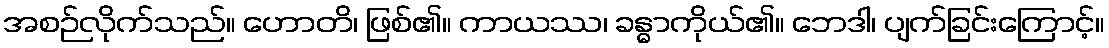
အစဉ်လိုက်သည်။ ဟောတိ၊ ဖြစ်၏။ ကာယဿ၊ ခန္ဓာကိုယ်၏။ ဘေဒါ၊ ပျက်ခြင်းကြောင့်။